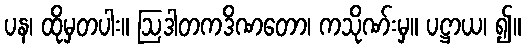
ပန၊ ထိုမှတပါး။ ဩဒါတကဒိဏတော၊ ကသိုဏ်းမှ။ ပဋ္ဌာယ၊ ၍။